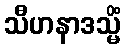
သီဟနာဒသ္မိံ